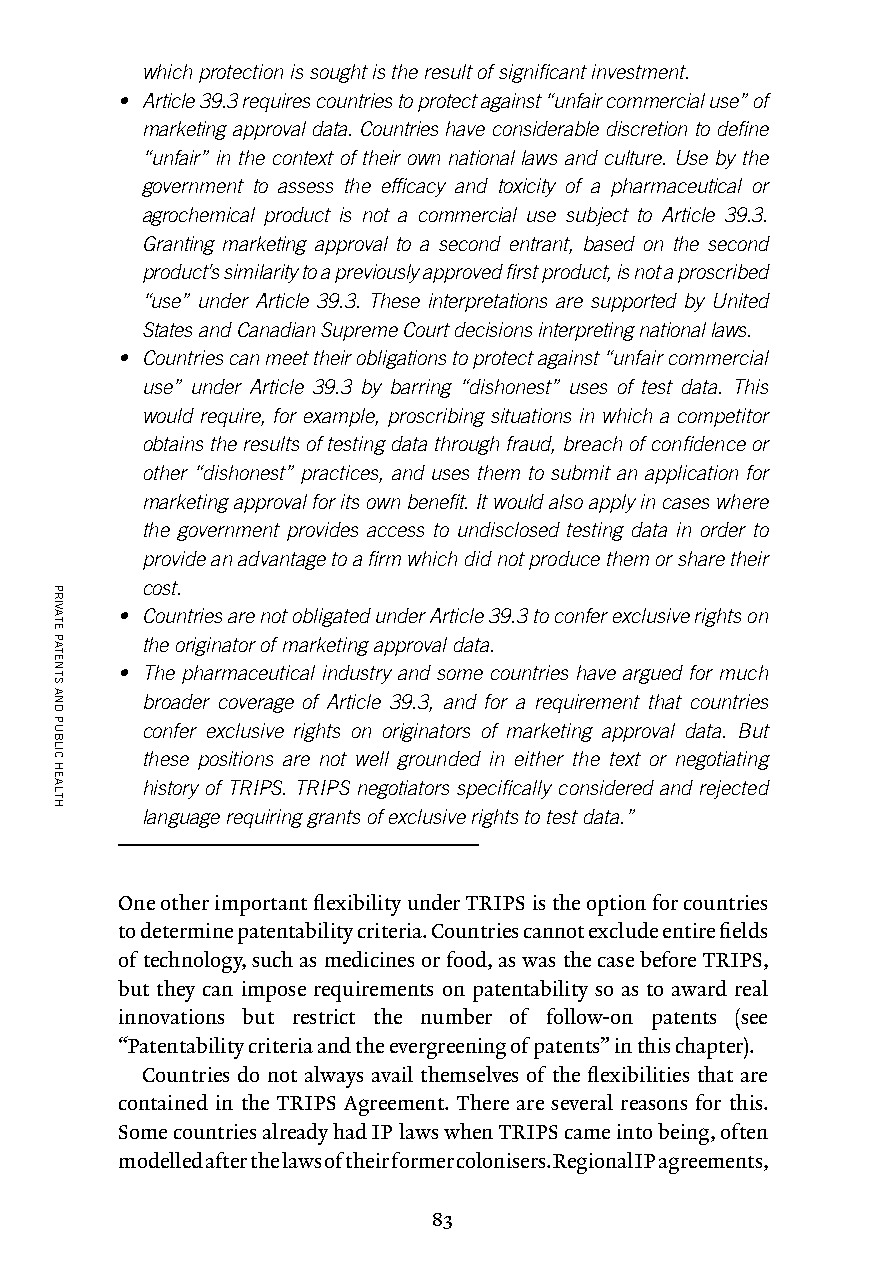
which protection is sought is the result of significant investment.
 • Article 39.3 requires countries to protect against “unfair commercial use” of
 marketing approval data. Countries have considerable discretion to define
 “unfair” in the context of their own national laws and culture. Use by the
 government to assess the efficacy and toxicity of a pharmaceutical or
 agrochemical product is not a commercial use subject to Article 39.3.
 Granting marketing approval to a second entrant, based on the second
 product’s similarity to a previously approved first product, is not a proscribed
 “use” under Article 39.3. These interpretations are supported by United
 States and Canadian Supreme Court decisions interpreting national laws.
 • Countries can meet their obligations to protect against “unfair commercial
 use” under Article 39.3 by barring “dishonest” uses of test data. This
 would require, for example, proscribing situations in which a competitor
 obtains the results of testing data through fraud, breach of confidence or
 other “dishonest” practices, and uses them to submit an application for
 marketing approval for its own benefit. It would also apply in cases where
 the government provides access to undisclosed testing data in order to
 provide an advantage to a firm which did not produce them or share their
 cost.
 • Countries are not obligated under Article 39.3 to confer exclusive rights on
 the originator of marketing approval data.
 • The pharmaceutical industry and some countries have argued for much
 broader coverage of Article 39.3, and for a requirement that countries
 confer exclusive rights on originators of marketing approval data. But
 these positions are not well grounded in either the text or negotiating
 history of TRIPS. TRIPS negotiators specifically considered and rejected
 language requiring grants of exclusive rights to test data.”
 One other important flexibility under TRIPS is the option for countries
 to determine patentability criteria. Countries cannot exclude entire fields
 of technology, such as medicines or food, as was the case before TRIPS,
 but they can impose requirements on patentability so as to award real
 innovations but restrict the number of follow-on patents (see
 “Patentability criteria and the evergreening of patents” in this chapter).
 Countries do not always avail themselves of the flexibilities that are
 contained in the TRIPS Agreement. There are several reasons for this.
 Some countries already had IP laws when TRIPS came into being, often
 modelled after the laws of their former colonisers. Regional IP agreements,
 83
 PRIVATE
 PATENTS
 AND
 PUBLIC
 HEALTH